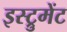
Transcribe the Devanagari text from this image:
इस्ट्रुमेंट